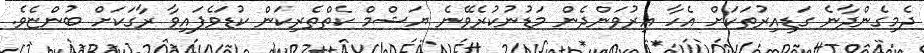
ދެމިގެންދާނެ ގަޑިއިރުތަކަށް އެހާ އިރުވަންދެން މަޑުނުކުރެވޭނެ ޔަޝްމް ކެތްތެރިކަން ކުޑަވެފައިވާ ރާގަކަށް ބުންޏެވެ.